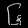
Digit: ၆